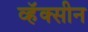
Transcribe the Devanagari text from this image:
व्हॅक्सीन